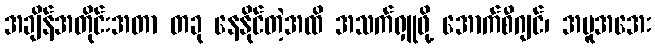
အချိန်အတိုင်းအတာ တခု နေနိုင်တဲ့အထိ အသက်ရှူဖို့ အောက်စီဂျင်၊ အပူအအေး